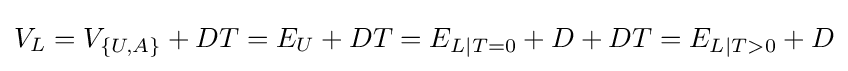
V_{L}=V_{\{U,A\}}+DT=E_{U}+DT=E_{L|T=0}+D+DT=E_{L|T>0}+D